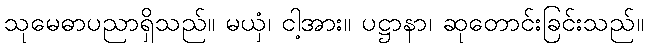
သုမေဓာပညာရှိသည်။ မယှံ၊ ငါ့အား။ ပဋ္ဌာနာ၊ ဆုတောင်းခြင်းသည်။